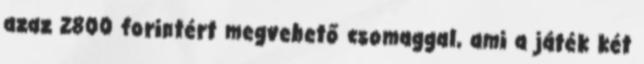
azaz 2800 forintért megvehető csomaggal, ami a játék két